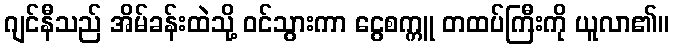
ဂျင်နီသည် အိမ်ခန်းထဲသို့ ဝင်သွားကာ ငွေစက္ကူ တထပ်ကြီးကို ယူလာ၏။